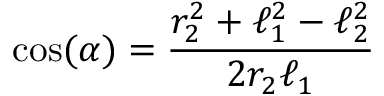
\cos ( \alpha ) = \frac { r _ { 2 } ^ { 2 } + \ell _ { 1 } ^ { 2 } - \ell _ { 2 } ^ { 2 } } { 2 r _ { 2 } \ell _ { 1 } }